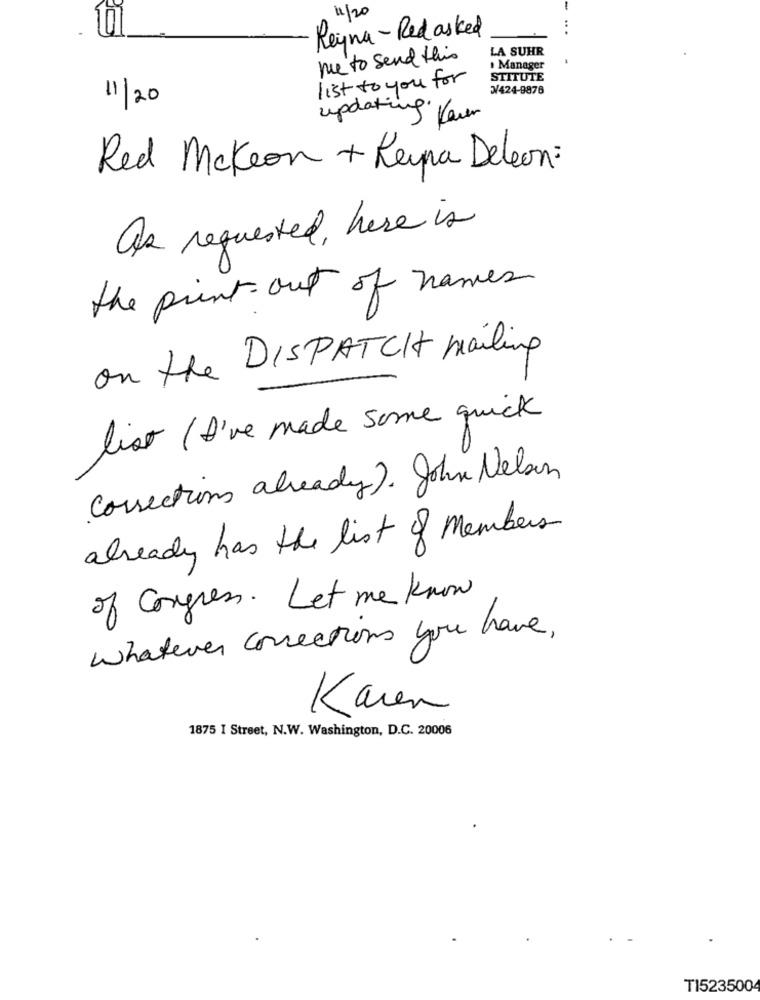
-
11/20
Reyna- Redasked
LA SUHR
me to send this
Manager
list to you for
STITUTE
3/424-9876
11/20
updating feuer
Red Mckeon + Reyna Deleon:
as requested, here is
the print out of names
on the DISPATCH mailing
list ( D've made some quick
Corrections already). John Nelson
already has the list of Members
of congress. Let me know
whatever corrections you have,
Karen
1875 I Street, N.W. Washington, D.C. 20006
T1523500